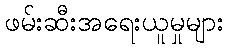
ဖမ်းဆီးအရေးယူမှုများ